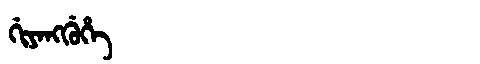
Manchu: ᡤᡳᠶᠠᠩᡤᡠᡥᡝ
Romanization: GIYANGGUHE